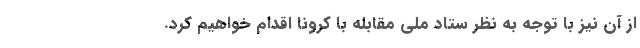
از آن نیز با توجه به نظر ستاد ملی مقابله با کرونا اقدام خواهیم کرد.